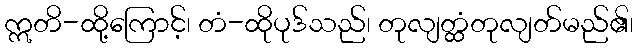
ဣတိ-ထို့ကြောင့်၊ တံ-ထိုပုဒ်သည်၊ တုလျတ္ထံတုလျတ်မည်၏၊